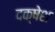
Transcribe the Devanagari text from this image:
दक्षेश